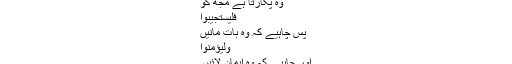
وہ پکارتا ہے مجھ کو
فَلْيَسْتَجِيْبُوْا
پس چاہیے کہ وہ بات مانیں
وَلْيُؤْمِنُوْا
اور چاہیے کہ وہ ایمان لائیں۔